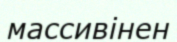
массивінен